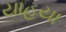
યાહયા